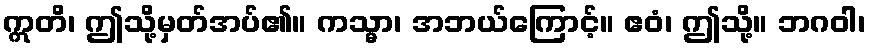
ဣတိ၊ ဤသို့မှတ်အပ်၏။ ကသ္မာ၊ အဘယ်ကြောင့်။ ဧဝံ၊ ဤသို့။ ဘဂဝါ၊